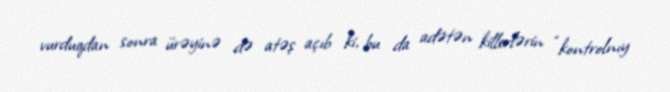
vurduqdan sonra ürəyinə də atəş açıb ki, bu da adətən killerlərin “kontrolnıy